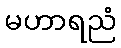
မဟာရညံ